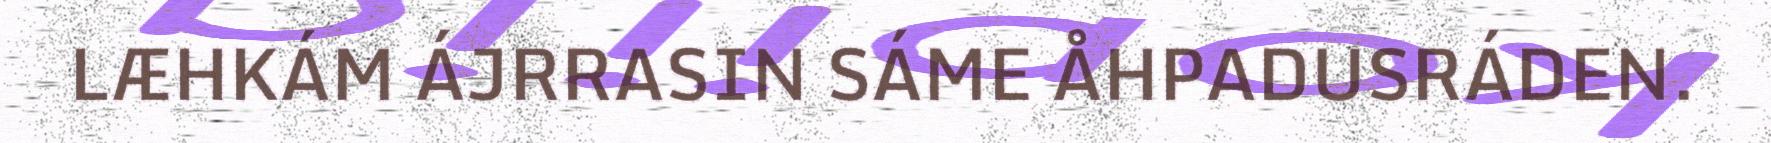
LÆHKÁM ÁJRRASIN SÁME ÅHPADUSRÁDEN.